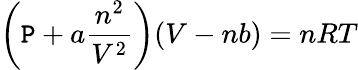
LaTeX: \left(\mathtt{P}+a{\frac{{n^{2}}}{{V^{2}}}}\right)(V-nb)=nRT